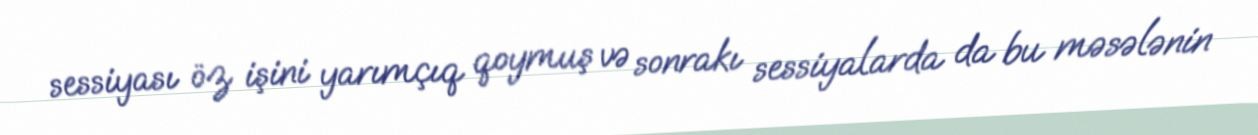
sessiyası öz işini yarımçıq qoymuş və sonrakı sessiyalarda da bu məsələnin